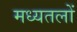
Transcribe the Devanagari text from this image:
मध्यतलों